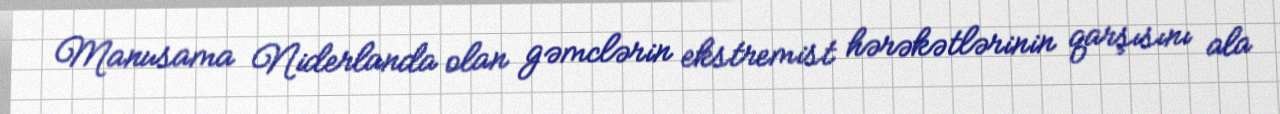
Manusama Niderlanda olan gəmclərin ekstremist hərəkətlərinin qarşısını ala